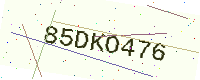
Text: 85DKO476